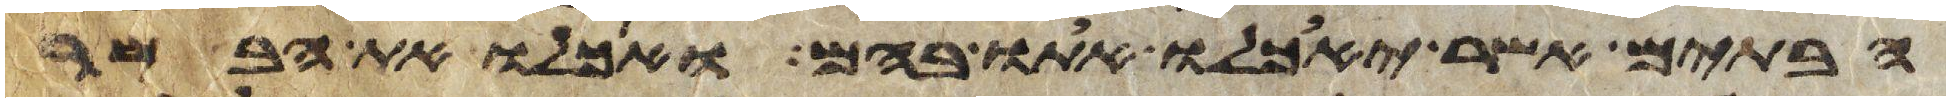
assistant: הבתים אשר יאכלו אתו בהם ואכלו את הבשר